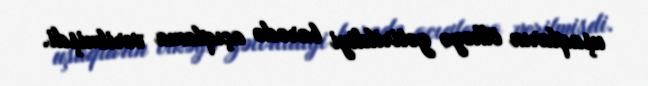
uşaqların ölkəyə gətirildiyi barədə açıqlama verilmişdi.